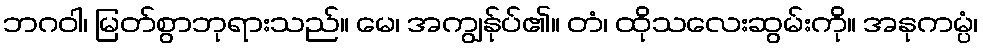
ဘဂဝါ၊ မြတ်စွာဘုရားသည်။ မေ၊ အကျွန်ုပ်၏။ တံ၊ ထိုသလေးဆွမ်းကို။ အနုကမ္ပံ၊